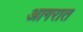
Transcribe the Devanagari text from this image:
आगरात